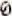
0